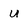
Character: u